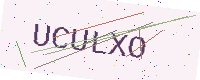
Text: UCULXO